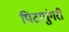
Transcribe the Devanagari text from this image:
पिटापुंगरी